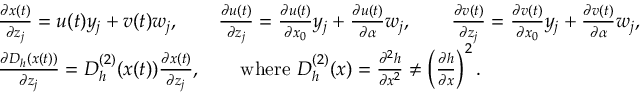
\begin{array} { r l } & { \frac { \partial x ( t ) } { \partial z _ { j } } = u ( t ) y _ { j } + v ( t ) w _ { j } , \qquad \frac { \partial u ( t ) } { \partial z _ { j } } = \frac { \partial u ( t ) } { \partial x _ { 0 } } y _ { j } + \frac { \partial u ( t ) } { \partial \alpha } w _ { j } , \qquad \frac { \partial v ( t ) } { \partial z _ { j } } = \frac { \partial v ( t ) } { \partial x _ { 0 } } y _ { j } + \frac { \partial v ( t ) } { \partial \alpha } w _ { j } , } \\ & { \frac { \partial D _ { h } ( x ( t ) ) } { \partial z _ { j } } = D _ { h } ^ { ( 2 ) } ( x ( t ) ) \frac { \partial x ( t ) } { \partial z _ { j } } , \qquad \mathrm { w h e r e ~ } D _ { h } ^ { ( 2 ) } ( x ) = \frac { \partial ^ { 2 } h } { \partial x ^ { 2 } } \neq \left( \frac { \partial h } { \partial x } \right) ^ { 2 } . } \end{array}